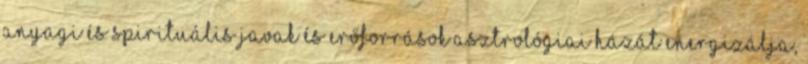
anyagi és spirituális javak és erőforrások asztrológiai házát energizálja,